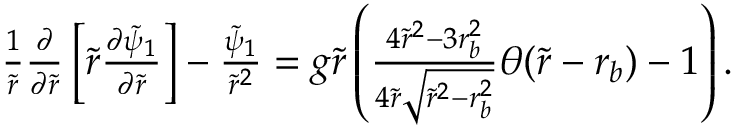
\begin{array} { r } { \frac { 1 } { \tilde { r } } \frac { \partial } { \partial \tilde { r } } \left[ \tilde { r } \frac { \partial \tilde { \psi } _ { 1 } } { \partial \tilde { r } } \right] - \frac { \tilde { \psi } _ { 1 } } { \tilde { r } ^ { 2 } } = g \tilde { r } \left( \frac { 4 \tilde { r } ^ { 2 } - 3 r _ { b } ^ { 2 } } { 4 \tilde { r } \sqrt { \tilde { r } ^ { 2 } - r _ { b } ^ { 2 } } } \theta ( \tilde { r } - r _ { b } ) - 1 \right) . } \end{array}